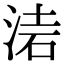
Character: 𣶥